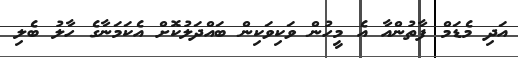
އަދި މެޑަމް ފާތުންއާ އެ މީހުން ވަކިވަކިން ބައްދަލުކޮށް އެކަމަނާގެ ހާލު ބެލި